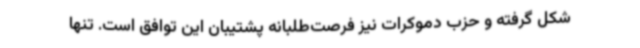
شکل گرفته و حزب دموکرات نیز فرصت‌طلبانه پشتیبان این توافق است. تنها